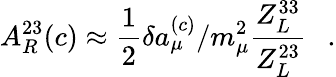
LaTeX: A_{R}^{23}(c)\approx\frac{1}{2}\delta a_{\mu}^{(c)}/m_{\mu}^{2}\frac{Z_{L}^{33}}{Z_{L}^{23}}\ \ \ .